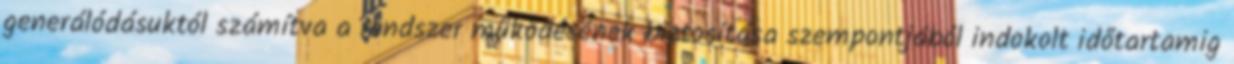
generálódásuktól számítva a rendszer működésének biztosítása szempontjából indokolt időtartamig